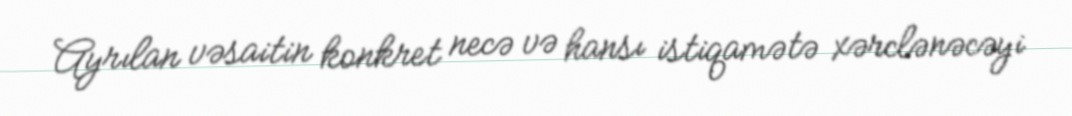
Ayrılan vəsaitin konkret necə və hansı istiqamətə xərclənəcəyi